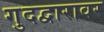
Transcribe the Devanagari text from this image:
गुदद्वारावर